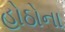
હોઠોના